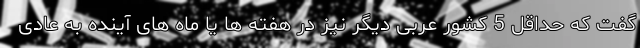
گفت که حداقل 5 کشور عربی دیگر نیز در هفته ها یا ماه های آینده به عادی